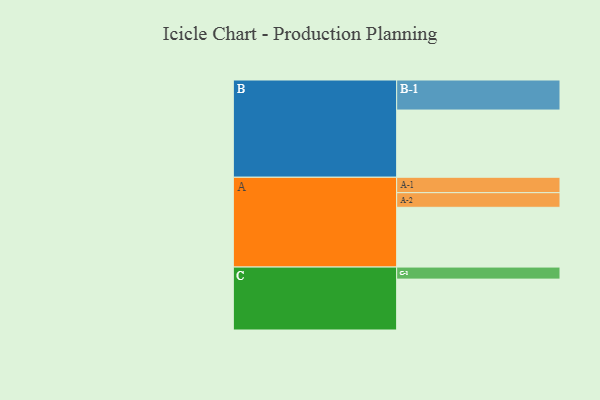
{"axis": {"x": "Segment", "y": "Value"}, "legend": ["", "A", "B", "C"], "data": [{"x": "A", "y": 531, "type": ""}, {"x": "B", "y": 597, "type": ""}, {"x": "C", "y": 452, "type": ""}, {"x": "A-1", "y": 137, "type": "A"}, {"x": "A-2", "y": 130, "type": "A"}, {"x": "B-1", "y": 267, "type": "B"}, {"x": "C-1", "y": 107, "type": "C"}]}